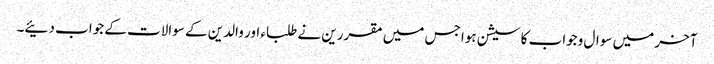
آخر میں سوال وجواب کا سیشن ہوا جس میں مقررین نے طلباء اور والدین کے سوالات کے جواب دئیے۔